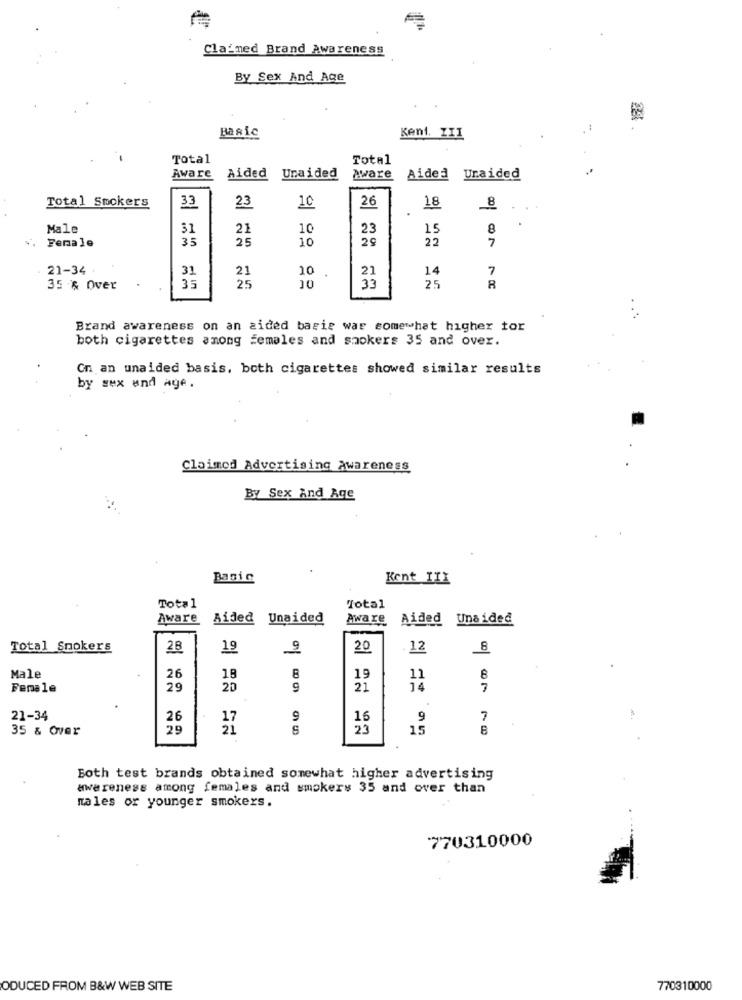
Claimed Brand Awareness
By Sex And Age
Basic
Kent. ZII
Total
Total
Aware
Aided
Una ided
aware
Aided Unaided
33
26
18
Total Smokers
23
10
8
Male
31
21
10
23
15
8
Female
25
10
29
22
7
21-34
31
21
10
21
14
7
35 % Over
35
25
10
33
25
8
..
Brand awareness on an aided basis was somewhat higher tor
both cigarettes among Females and saokers 35 and over.
On an unaided basis, both cigarettes showed similar results
by sex and age.
Claimed Advertising Awareness
By Sex And Age
Basic
Kent IIX
Total
Total
Aware
Aided Unaided
Aware
Aided Unaided
Total Smokers
28
19
20
12
8
Male
26
18
8
19
11
8
Female
29
20
9
21
7
21-34
26
9
16
9
7
35 & Over
29
21
23
15
8
Both test brands obtained somewhat higher advertising
awareness among females and smokers 35 and over than
nales or younger smokers.
770310000
ODUCED FROM B&W WEB SITE
770310000